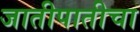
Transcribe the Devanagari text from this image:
जातीपातीचा